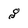
Character: g